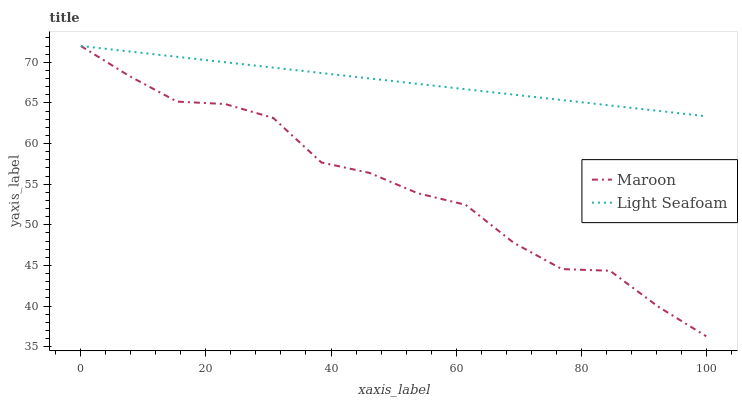
| xaxis_label | Maroon | Light Seafoam |
 | --- | --- | --- |
 | 0 | 72 | 72 |
 | 7.69 | 68.3 | 71.3 |
 | 15.4 | 65.2 | 70.7 |
 | 23.1 | 64.9 | 70 |
 | 30.8 | 63.1 | 69.3 |
 | 38.5 | 57.7 | 68.7 |
 | 46.2 | 56.4 | 68 |
 | 53.8 | 53.9 | 67.3 |
 | 61.5 | 52.5 | 66.7 |
 | 69.2 | 47.8 | 66 |
 | 76.9 | 44.6 | 65.4 |
 | 84.6 | 44.3 | 64.7 |
 | 92.3 | 39.9 | 64 |
 | 100 | 36.3 | 63.4 |